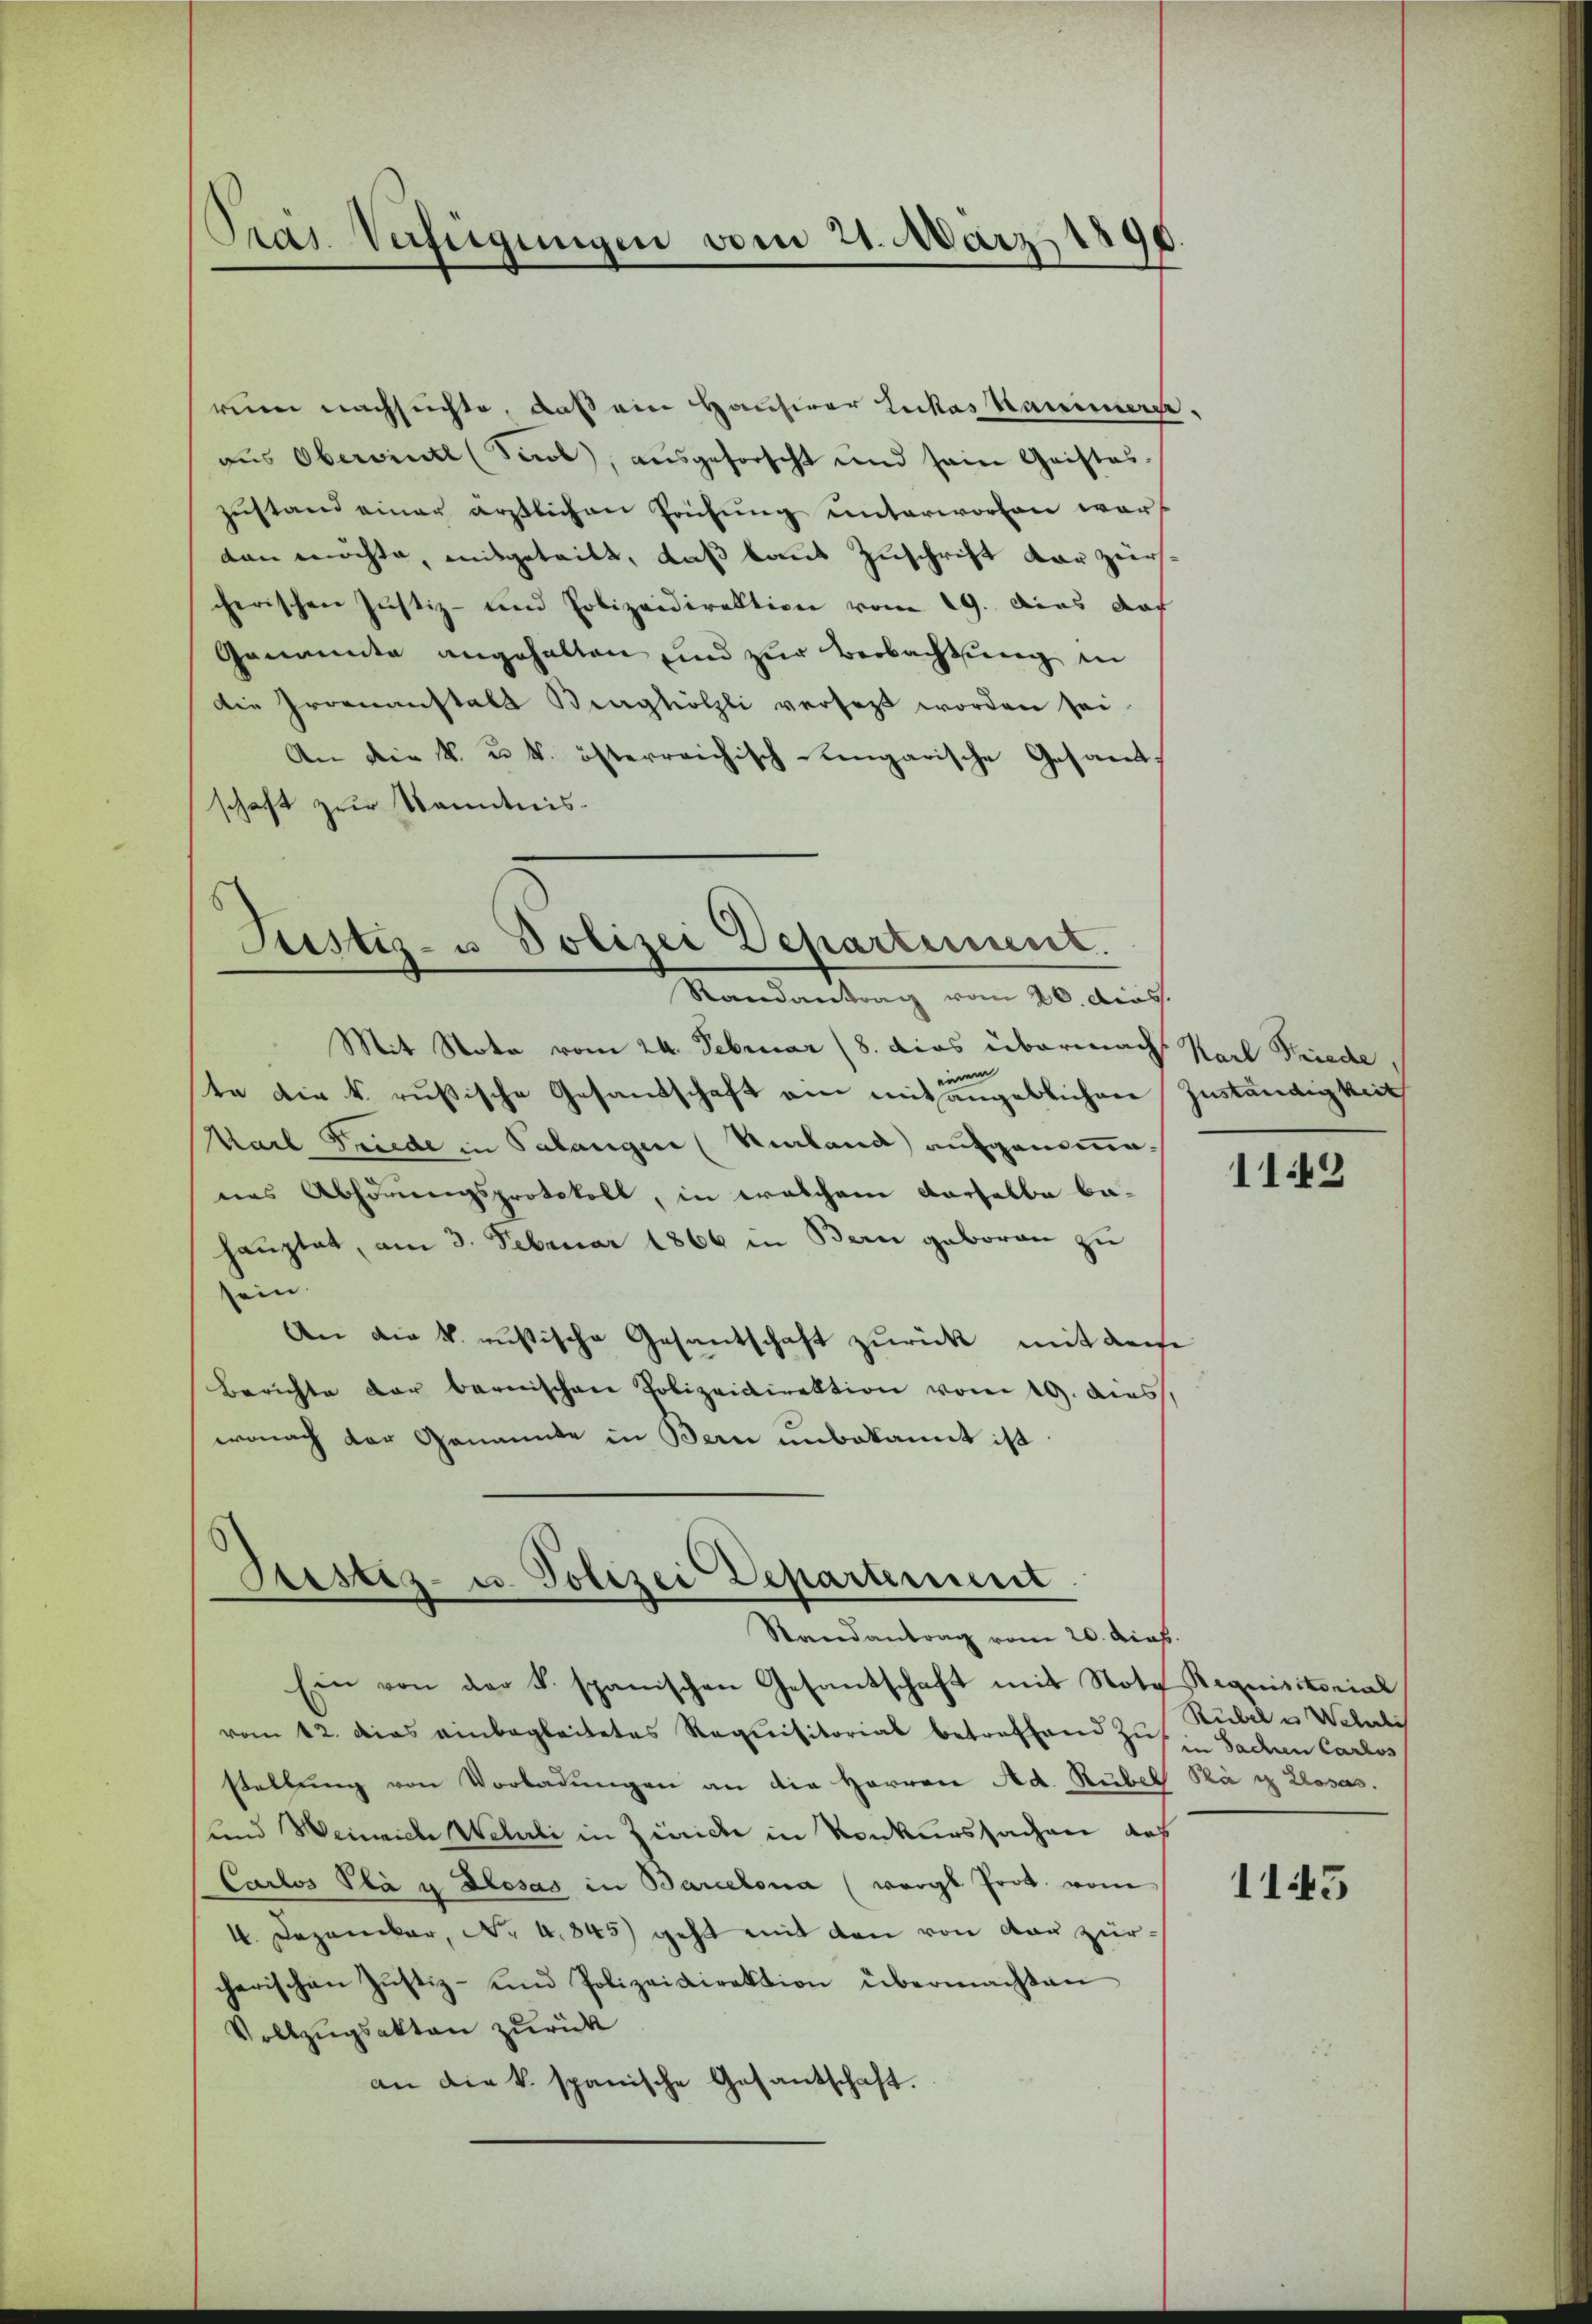
Pras. Verfügungen vom 21. März 1890.

Justiz- u Polizei Departement.
Randantrag vom 26. dies

reien nachsuchte, daß ein Hausirer Lukas Kanimers,
aus Oberwinte (Sicb), ausgeforscht und sein Geistes-
Zŭstand einer ärztlichen Prüfŭng ŭnterworfen war
den möchte, mitgeteilt, daß kaut Zuschrift der zürcherischen Justiz- und Polizeidirektion vom 19. dies das
Genannte angehalten sind zur Beobachtung in
Die Gromnanstalt Burghölzli versetzt worden sei.
An die k. u. k. österreichisch-lengarische Gesandtschaft zur Kenntnis.
Mit Nota vom 24. Februar (8. dies übermacht Karl Friede
te die k. rusische Gesandschaft ein mit angeblichen Zuständigkeit
Karl Friede in Palangen (Niland aufgenommenes Abhörungsprotokoll, in welchem derselbe ba-
hauptet, am 3. Februar 1866 in Bern geboren zu
ein
An die k. russische Gesantschaft zurück mit dem
Berichte der bernischen Polizeidirektion vom 19. dies
wonach der Genannte in Bern unbekannt ist

Justiz- u. Polizei Departement
Randantrag vom 20. Dias.

Ein von der §. spanischen Gesandschaft mit Note Requisitorial
vom 12. das einbegleitetes Requisitorial betreffend Zut. Sachen Carlos
stellŭng von Vorladungen an die Herren Ad. Rubel Plä i Zlosas.
und Weinriche Wehrli in Zürich in Konkurssachen auf
Carlos Pla u Blosas in Barcelona (vergl Prot. vom
4. Dezember, No 4845) geht mit den von der zürcherischen Justiz- und Polizeidirektion übermachten
Vollzugsakten zurück
an die k. spanische Gesantschaft.

119

Rübel in Weberlich

1145